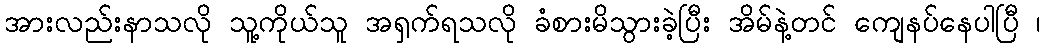
အားလည်းနာသလို သူ့ကိုယ်သူ အရှက်ရသလို ခံစားမိသွားခဲ့ပြီး အိမ်နဲ့တင် ကျေနပ်နေပါပြီ ၊